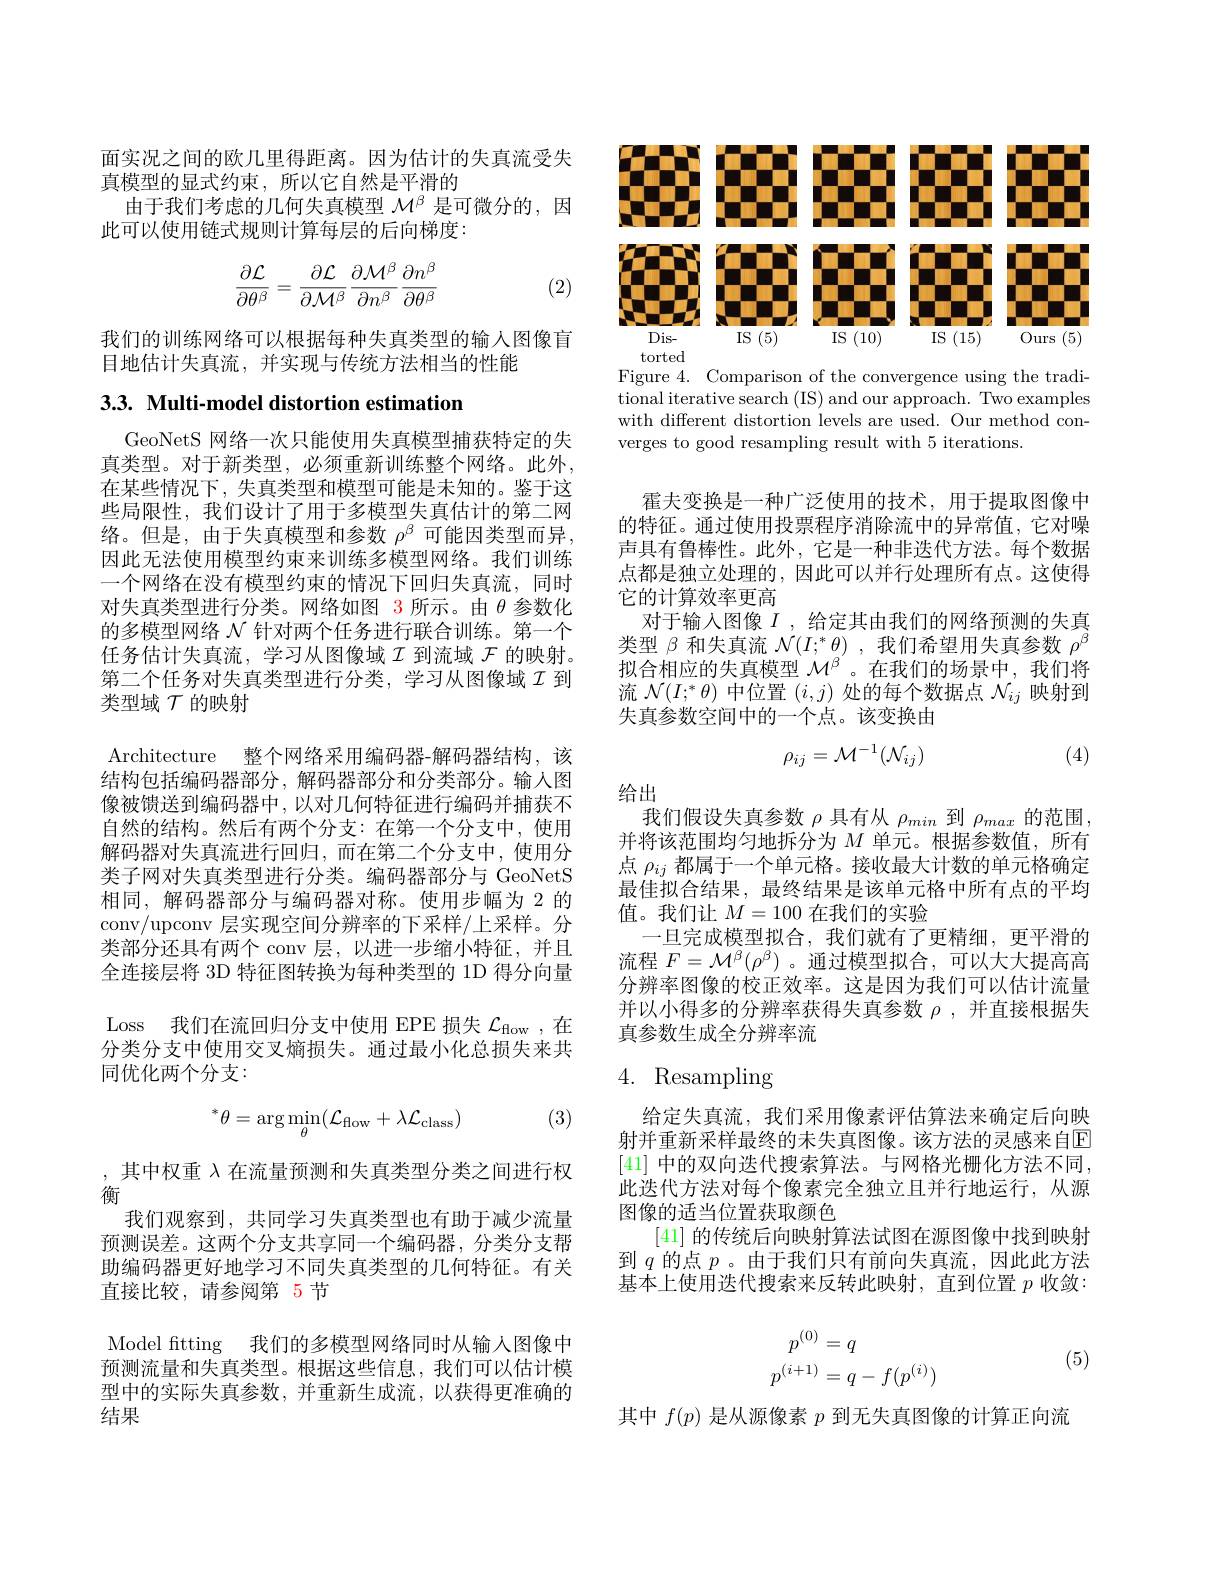
面实况之间的欧几里得距离。因为估计的失真流受失
真模型的显式约束，所以它自然是平滑的
由于我们考虑的几何失真模型$\mathcal{M}^\mathrm{\beta}$是可微分的，因
此可以使用链式规则计算每层的后向梯度：
$$\begin{aligned}\frac{\partial\mathcal{L}}{\partial\theta^\beta}=\frac{\partial\mathcal{L}}{\partial\mathcal{M}^\beta}\frac{\partial\mathcal{M}^\beta}{\partial n^\beta}\frac{\partial n^\beta}{\partial\theta^\beta}\end{aligned}$$
(2)

我们的训练网络可以根据每种失真类型的输入图像盲
目地估计失真流，并实现与传统方法相当的性能

## $3. 3. \textbf{ Multi- model distortion estimation}$

GeoNetS 网络一次只能使用失真模型捕获特定的失真类型。对于新类型，必须重新训练整个网络。此外， 在某些情况下，失真类型和模型可能是未知的。鉴于这些局限性，我们设计了用于多模型失真估计的第二网络。但是，由于失真模型和参数$\rho^\mathrm{\beta}$可能因类型而异， 因此无法使用模型约束来训练多模型网络。我们训练一个网络在没有模型约束的情况下回归失真流，同时对失真类型进行分类。网络如图 3 所示。由$\theta$参数化的多模型网络$\mathcal{N}$针对两个任务进行联合训练。第一个任务估计失真流，学习从图像域$\mathcal{I}$到流域$\mathcal{F}$的映射。第二个任务对失真类型进行分类，学习从图像域$\mathcal{I}$ 到类型域$\mathcal{T}$的映射
Architecture 整个网络采用编码器-解码器结构，该结构包括编码器部分，解码器部分和分类部分。输入图像被馈送到编码器中，以对几何特征进行编码并捕获不自然的结构。然后有两个分支：在第一个分支中，使用解码器对失真流进行回归，而在第二个分支中，使用分类子网对失真类型进行分类。编码器部分与 GeoNetS 相同，解码器部分与编码器对称。使用步幅为 2 的conv/upconv 层实现空间分辨率的下采样/上采样。分类部分还具有两个 conv 层，以进一步缩小特征，并且全连接层将 3D 特征图转换为每种类型的 1D 得分向量Loss 我们在流回归分支中使用 EPE 损失 $\mathcal{L}_\mathrm{flow}$,在分类分支中使用交叉熵损失。通过最小化总损失来共同优化两个分支：
(3)
$${}^{*}\theta=\arg\operatorname*{min}_{\theta}(\mathcal{L}_{\mathrm{flow}}+\lambda\mathcal{L}_{\mathrm{class}})$$
,其中权重$\lambda$在流量预测和失真类型分类之间进行权
衡
我们观察到，共同学习失真类型也有助于减少流量预测误差。这两个分支共享同一个编码器，分类分支帮助编码器更好地学习不同失真类型的几何特征。有关直接比较，请参阅第 5 节
Model ftting 我们的多模型网络同时从输入图像中预测流量和失真类型。根据这些信息，我们可以估计模型中的实际失真参数，并重新生成流，以获得更准确的结果

<FigureHere>

Figure 4. Comparison of the convergence using the traditional iterative search (IS) and our approach. Two examples with different distortion levels are used. Our method converges to good resampling result with 5 iterations.

霍夫变换是一种广泛使用的技术，用于提取图像中的特征。通过使用投票程序消除流中的异常值，它对噪声具有鲁棒性。此外，它是一种非迭代方法。每个数据点都是独立处理的，因此可以并行处理所有点。这使得它的计算效率更高
对于输入图像$I$ ,给定其由我们的网络预测的失真类型$\beta$和失真流$\mathcal{N}(I;^*\theta)$ ,我们希望用失真参数$\rho^{\beta}$ 拟合相应的失真模型$\mathcal{M}^\mathrm{\beta^{\prime}}$。在我们的场景中，我们将流$\mathcal{N}(I;^*\theta)$中位置$(i,j)$处的每个数据点$\mathcal{N}_ij$映射到失真参数空间中的一个点。该变换由
$$\rho_{ij}=\mathcal{M}^{-1}(\mathcal{N}_{ij})$$
(4)

给出

我们假设失真参数$\rho$具有从$\rho_min$到$\rho_{max}$的范围， 并将该范围均匀地拆分为$M$单元。根据参数值，所有点$\rho_{ij}$都属于一个单元格。接收最大计数的单元格确定最佳拟合结果，最终结果是该单元格中所有点的平均值。我们让$M=100$在我们的实验
一旦完成模型拟合，我们就有了更精细，更平滑的流程$F=\mathcal{M}^\beta(\rho^\beta)$ 。通过模型拟合，可以大大提高高分辨率图像的校正效率。这是因为我们可以估计流量并以小得多的分辨率获得失真参数$\rho$,并直接根据失真参数生成全分辨率流

# 4. Resampling

给定失真流，我们采用像素评估算法来确定后向映射并重新采样最终的未失真图像。该方法的灵感来自$\mathbb{E}$ [41] 中的双向迭代搜索算法。与网格光栅化方法不同， 此迭代方法对每个像素完全独立且并行地运行，从源图像的适当位置获取颜色
[41]的传统后向映射算法试图在源图像中找到映射到$q$ 的点 $p$。由于我们只有前向失真流，因此此方法基本上使用迭代搜索来反转此映射，直到位置$p$收敛：

(5)
$$\begin{aligned}p^{(0)}&=q\\p^{(i+1)}&=q-f(p^{(i)})\end{aligned}$$
其中$f(p)$是从源像素$p$到无失真图像的计算正向流